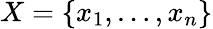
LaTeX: X=\{ x_{1},\ldots,x_{n}\}